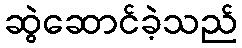
ဆွဲဆောင်ခဲ့သည်